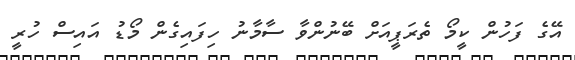
އޭގެ ފަހުން ކީމޯ ތެރަޕީއަށް ބޭނުންވާ ސާމާނު ހިފައިގެން މޯޑު އައިސް ހުރީ